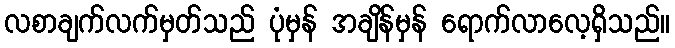
လစာချက်လက်မှတ်သည် ပုံမှန် အချိန်မှန် ရောက်လာလေ့ရှိသည်။